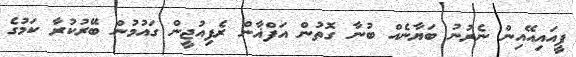
ޕީއައިއޭއިން ނެރުނު ބަޔާނެއް ބުނާ ގޮތުން އަފްޣާން ރެފިއުޖީން ގައުމުން ބޭރުކުރާ ކަމުގެ